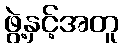
ဖွဲ့နှင့်အတူ